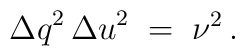
{\Delta q}^2\, {\Delta u}^2 \; = \; \nu^{2} \, .